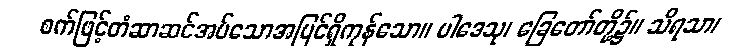
စက်ဖြင့်တံဆာဆင်အပ်သောအပြင်ရှိကုန်သော။ ပါဒေသု၊ ခြေတော်တို့၌။ သိရသာ၊